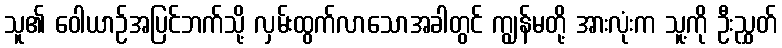
သူ၏ ဝေါယာဉ်အပြင်ဘက်သို့ လှမ်းထွက်လာသောအခါတွင် ကျွန်မတို့ အားလုံးက သူ့ကို ဦးညွှတ်